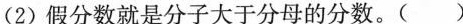
(2)假分数就是分子大于分母的分数。( )